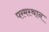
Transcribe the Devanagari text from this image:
परमस्थान